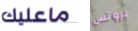
ماعليك بروتس